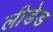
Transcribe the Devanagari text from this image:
लीडेड